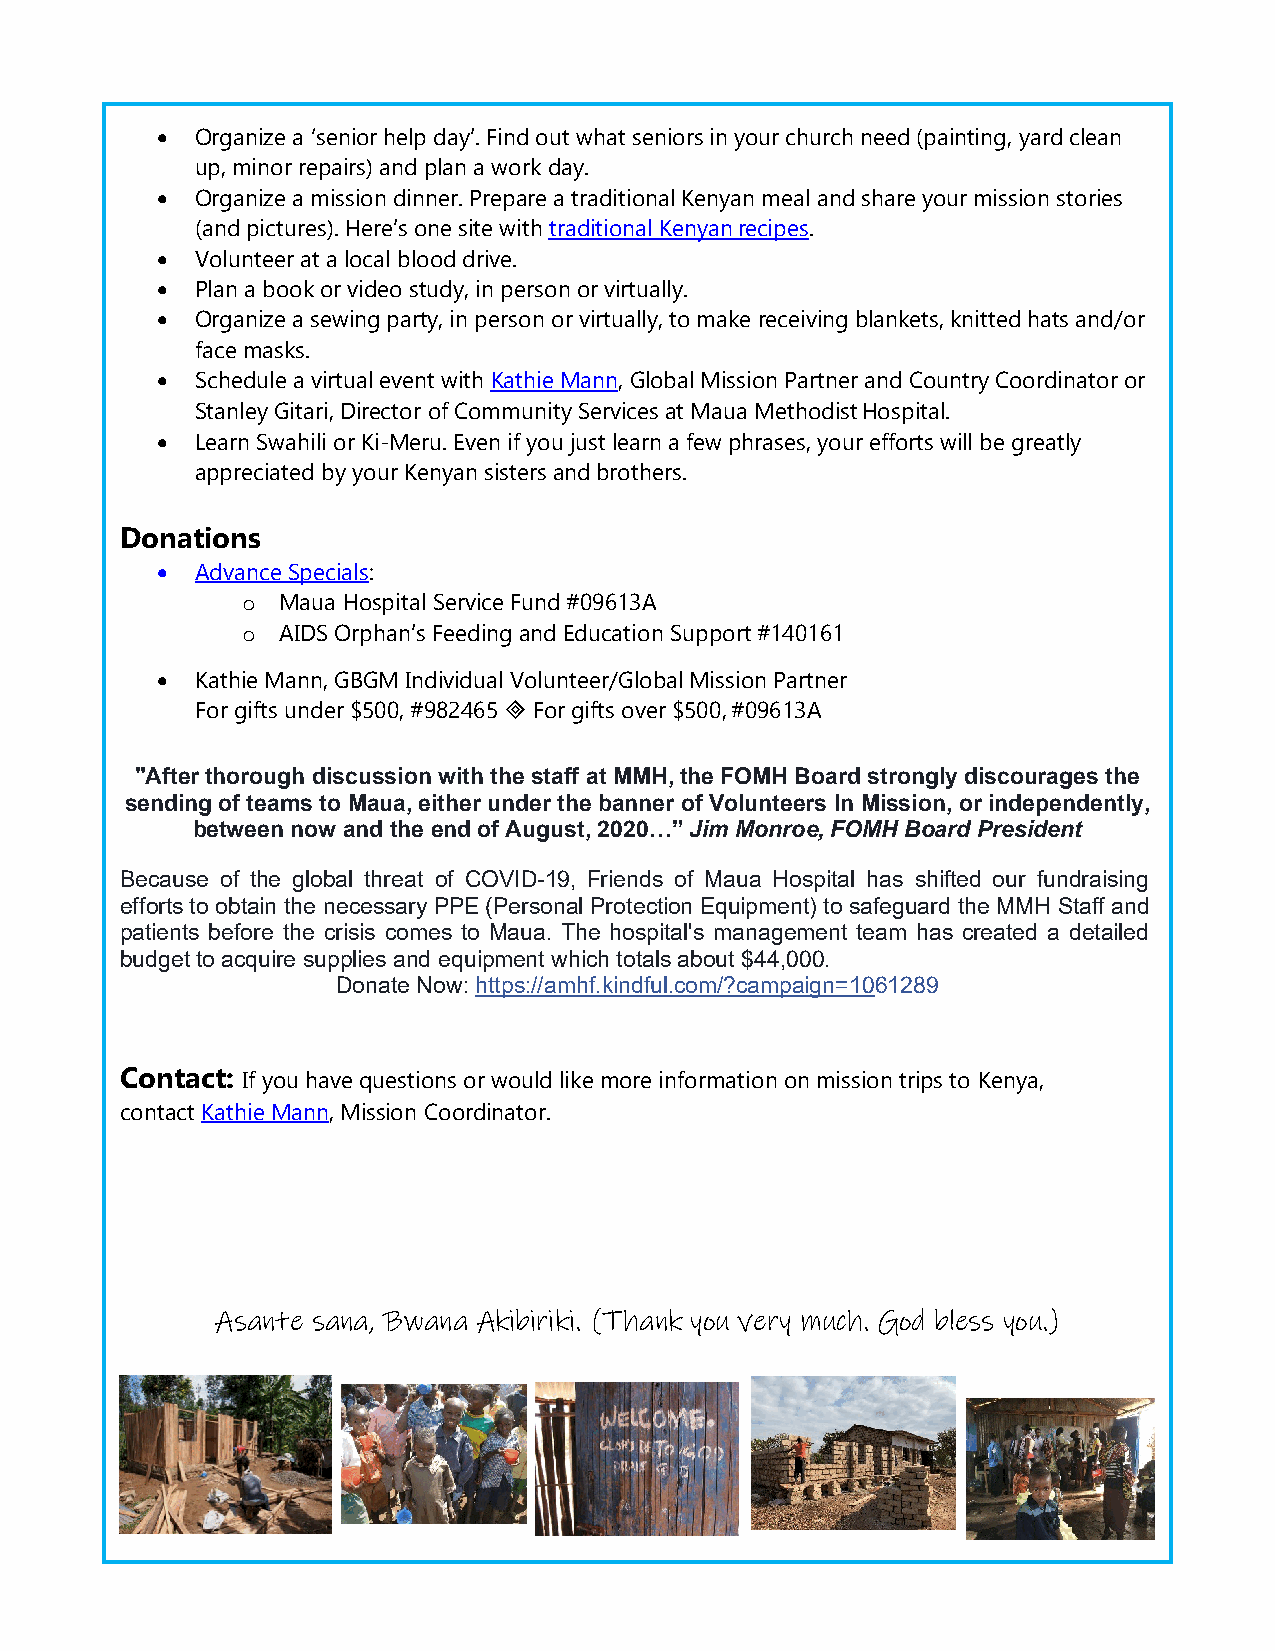
•  Organize a ‘senior help day’. Find out what seniors in your church need (painting, yard clean
 up, minor repairs) and plan a work day.
 •  Organize a mission dinner. Prepare a traditional Kenyan meal and share your mission stories
 (and pictures). Here’s one site with traditional Kenyan recipes.
 •  Volunteer at a local blood drive.
 •  Plan a book or video study, in person or virtually.
 •  Organize a sewing party, in person or virtually, to make receiving blankets, knitted hats and/or
 face masks.
 •  Schedule a virtual event with Kathie Mann, Global Mission Partner and Country Coordinator or
 Stanley Gitari, Director of Community Services at Maua Methodist Hospital.
 •  Learn Swahili or Ki-Meru. Even if you just learn a few phrases, your efforts will be greatly
 appreciated by your Kenyan sisters and brothers.
 Donations
 •  Advance Specials:
 Maua Hospital Service Fund #09613A
 o
 AIDS Orphan’s Feeding and Education Support #140161
 o
 •  Kathie Mann, GBGM Individual Volunteer/Global Mission Partner
 For gifts under $500, #982465  For gifts over $500, #09613A
 "After thorough discussion with the staff at MMH, the FOMH Board strongly discourages the
 sending of teams to Maua, either under the banner of Volunteers In Mission, or independently,
 between now and the end of August, 2020…” Jim Monroe, FOMH Board President
 Because of the global threat of COVID-19, Friends of Maua Hospital has shifted our fundraising
 efforts to obtain the necessary PPE (Personal Protection Equipment) to safeguard the MMH Staff and
 patients before the crisis comes to Maua. The hospital's management team has created a detailed
 budget to acquire supplies and equipment which totals about $44,000.
 Donate Now: https://amhf.kindful.com/?campaign=1061289
 Contact: If you have questions or would like more information on mission trips to Kenya,
 contact Kathie Mann, Mission Coordinator.
 Asante sana, Bwana Akibiriki. (Thank you very much. God bless you.)